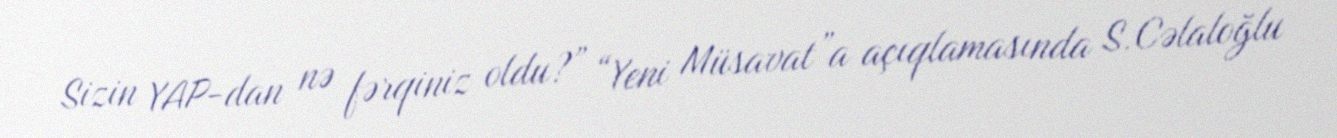
Sizin YAP-dan nə fərqiniz oldu?” “Yeni Müsavat”a açıqlamasında S.Cəlaloğlu